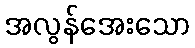
အလွန်အေးသော